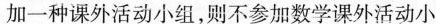
加一种课外活动小组，则不参加数学课外活动小